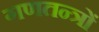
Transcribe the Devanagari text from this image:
गणतन्त्रों